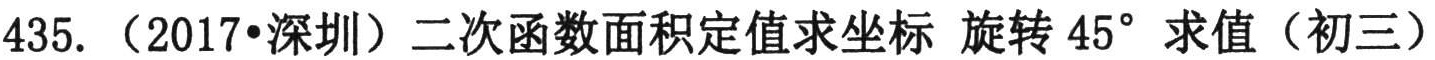
435. （2017•深圳）二次函数面积定值求坐标 旋转 \(45^{\circ}\) 求值（初三）